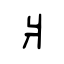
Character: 爿